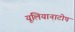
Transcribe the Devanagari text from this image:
यूलियानाटोप